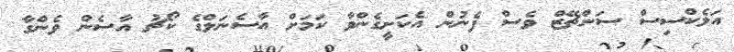
އަލެކްސިސް ސަންޗޭޒް ވެސް ފެނުން އެކަށީގެންވާ ކަމަށް އާސެނަލްގެ ކޯޗު އާސެން ވެންގާ